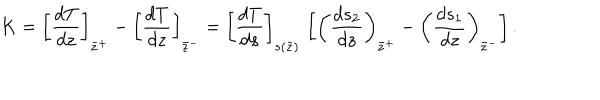
LaTeX: K = \left[ { \frac { d T } { d z } } \right] _ { \bar { z } ^ { + } } - \left[ { \frac { d T } { d z } } \right] _ { \bar { z } ^ { - } } = \left[ { \frac { d T } { d s } } \right] _ { s ( \bar { z } ) } \, \left[ \left( { \frac { d s _ { 2 } } { d z } } \right) _ { \bar { z } ^ { + } } - \left( { \frac { d s _ { 1 } } { d z } } \right) _ { \bar { z } ^ { - } } \right] .